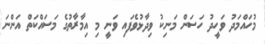
މުހައްމަދު ވަހީދު ހަސަން މަނިކު ވިދާޅުވެފައި ވަނީ މި އިމާރާތުގެ މަސައްކަތް އަންނަ